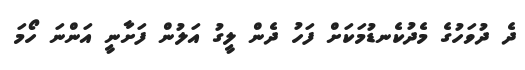
ދެ ދުވަހުގެ މެދުކެނޑުމަކަށް ފަހު ދެން ލީގު އަލުން ފަށާނީ އަންނަ ހޯމަ